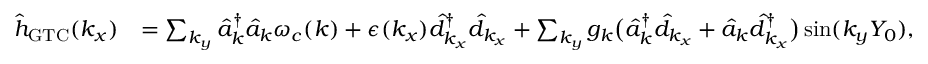
\begin{array} { r l } { { \hat { h } } _ { \mathrm { G T C } } ( k _ { x } ) } & { = \sum _ { { k _ { y } } } \hat { a } _ { \boldsymbol k } ^ { \dagger } \hat { a } _ { \boldsymbol k } \omega _ { c } ( { \boldsymbol k } ) + \epsilon ( k _ { x } ) \hat { d } _ { k _ { x } } ^ { \dagger } \hat { d } _ { k _ { x } } + \sum _ { k _ { y } } { g _ { \boldsymbol k } } \big ( \hat { a } _ { { \boldsymbol k } } ^ { \dagger } \hat { d } _ { k _ { x } } + \hat { a } _ { { \boldsymbol k } } \hat { d } _ { k _ { x } } ^ { \dagger } \big ) \sin ( { k _ { y } } Y _ { 0 } ) , } \end{array}